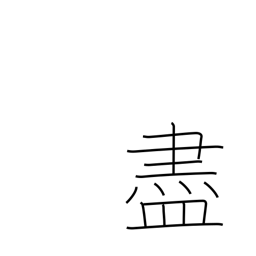
Meaning: befriend